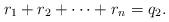
LaTeX: \begin{align*} r_{1}+ r_{2}+ \cdots+ r_{n} =q_2 .\end{align*}